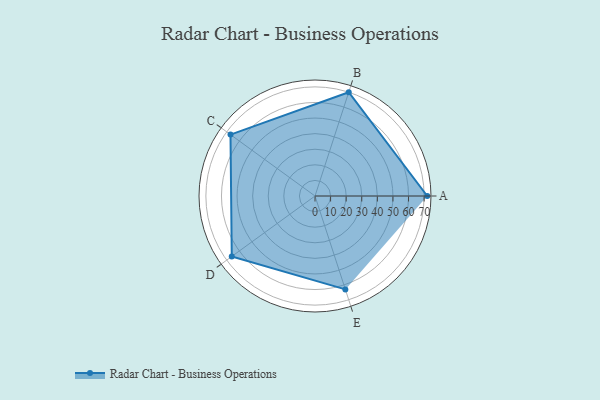
{"axis": {"x": "Skill", "y": "Score"}, "legend": ["Profile"], "data": [{"x": "A", "y": 72.0, "type": "Profile"}, {"x": "B", "y": 70.0, "type": "Profile"}, {"x": "C", "y": 67.0, "type": "Profile"}, {"x": "D", "y": 66.0, "type": "Profile"}, {"x": "E", "y": 63.0, "type": "Profile"}]}